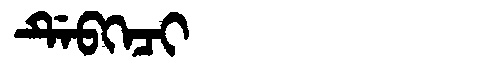
Manchu: ᡩᡝᠪᡴᡝᠴᡳ
Romanization: DEBKECI